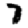
Digit: 7